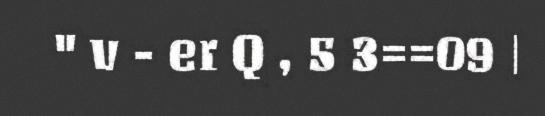
" v - er Q , 5 3==09 |